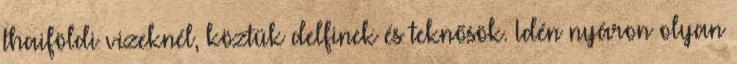
thaiföldi vizeknél, köztük delfinek és teknősök. Idén nyáron olyan